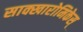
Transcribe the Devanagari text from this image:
साक्खारोमिकेस्